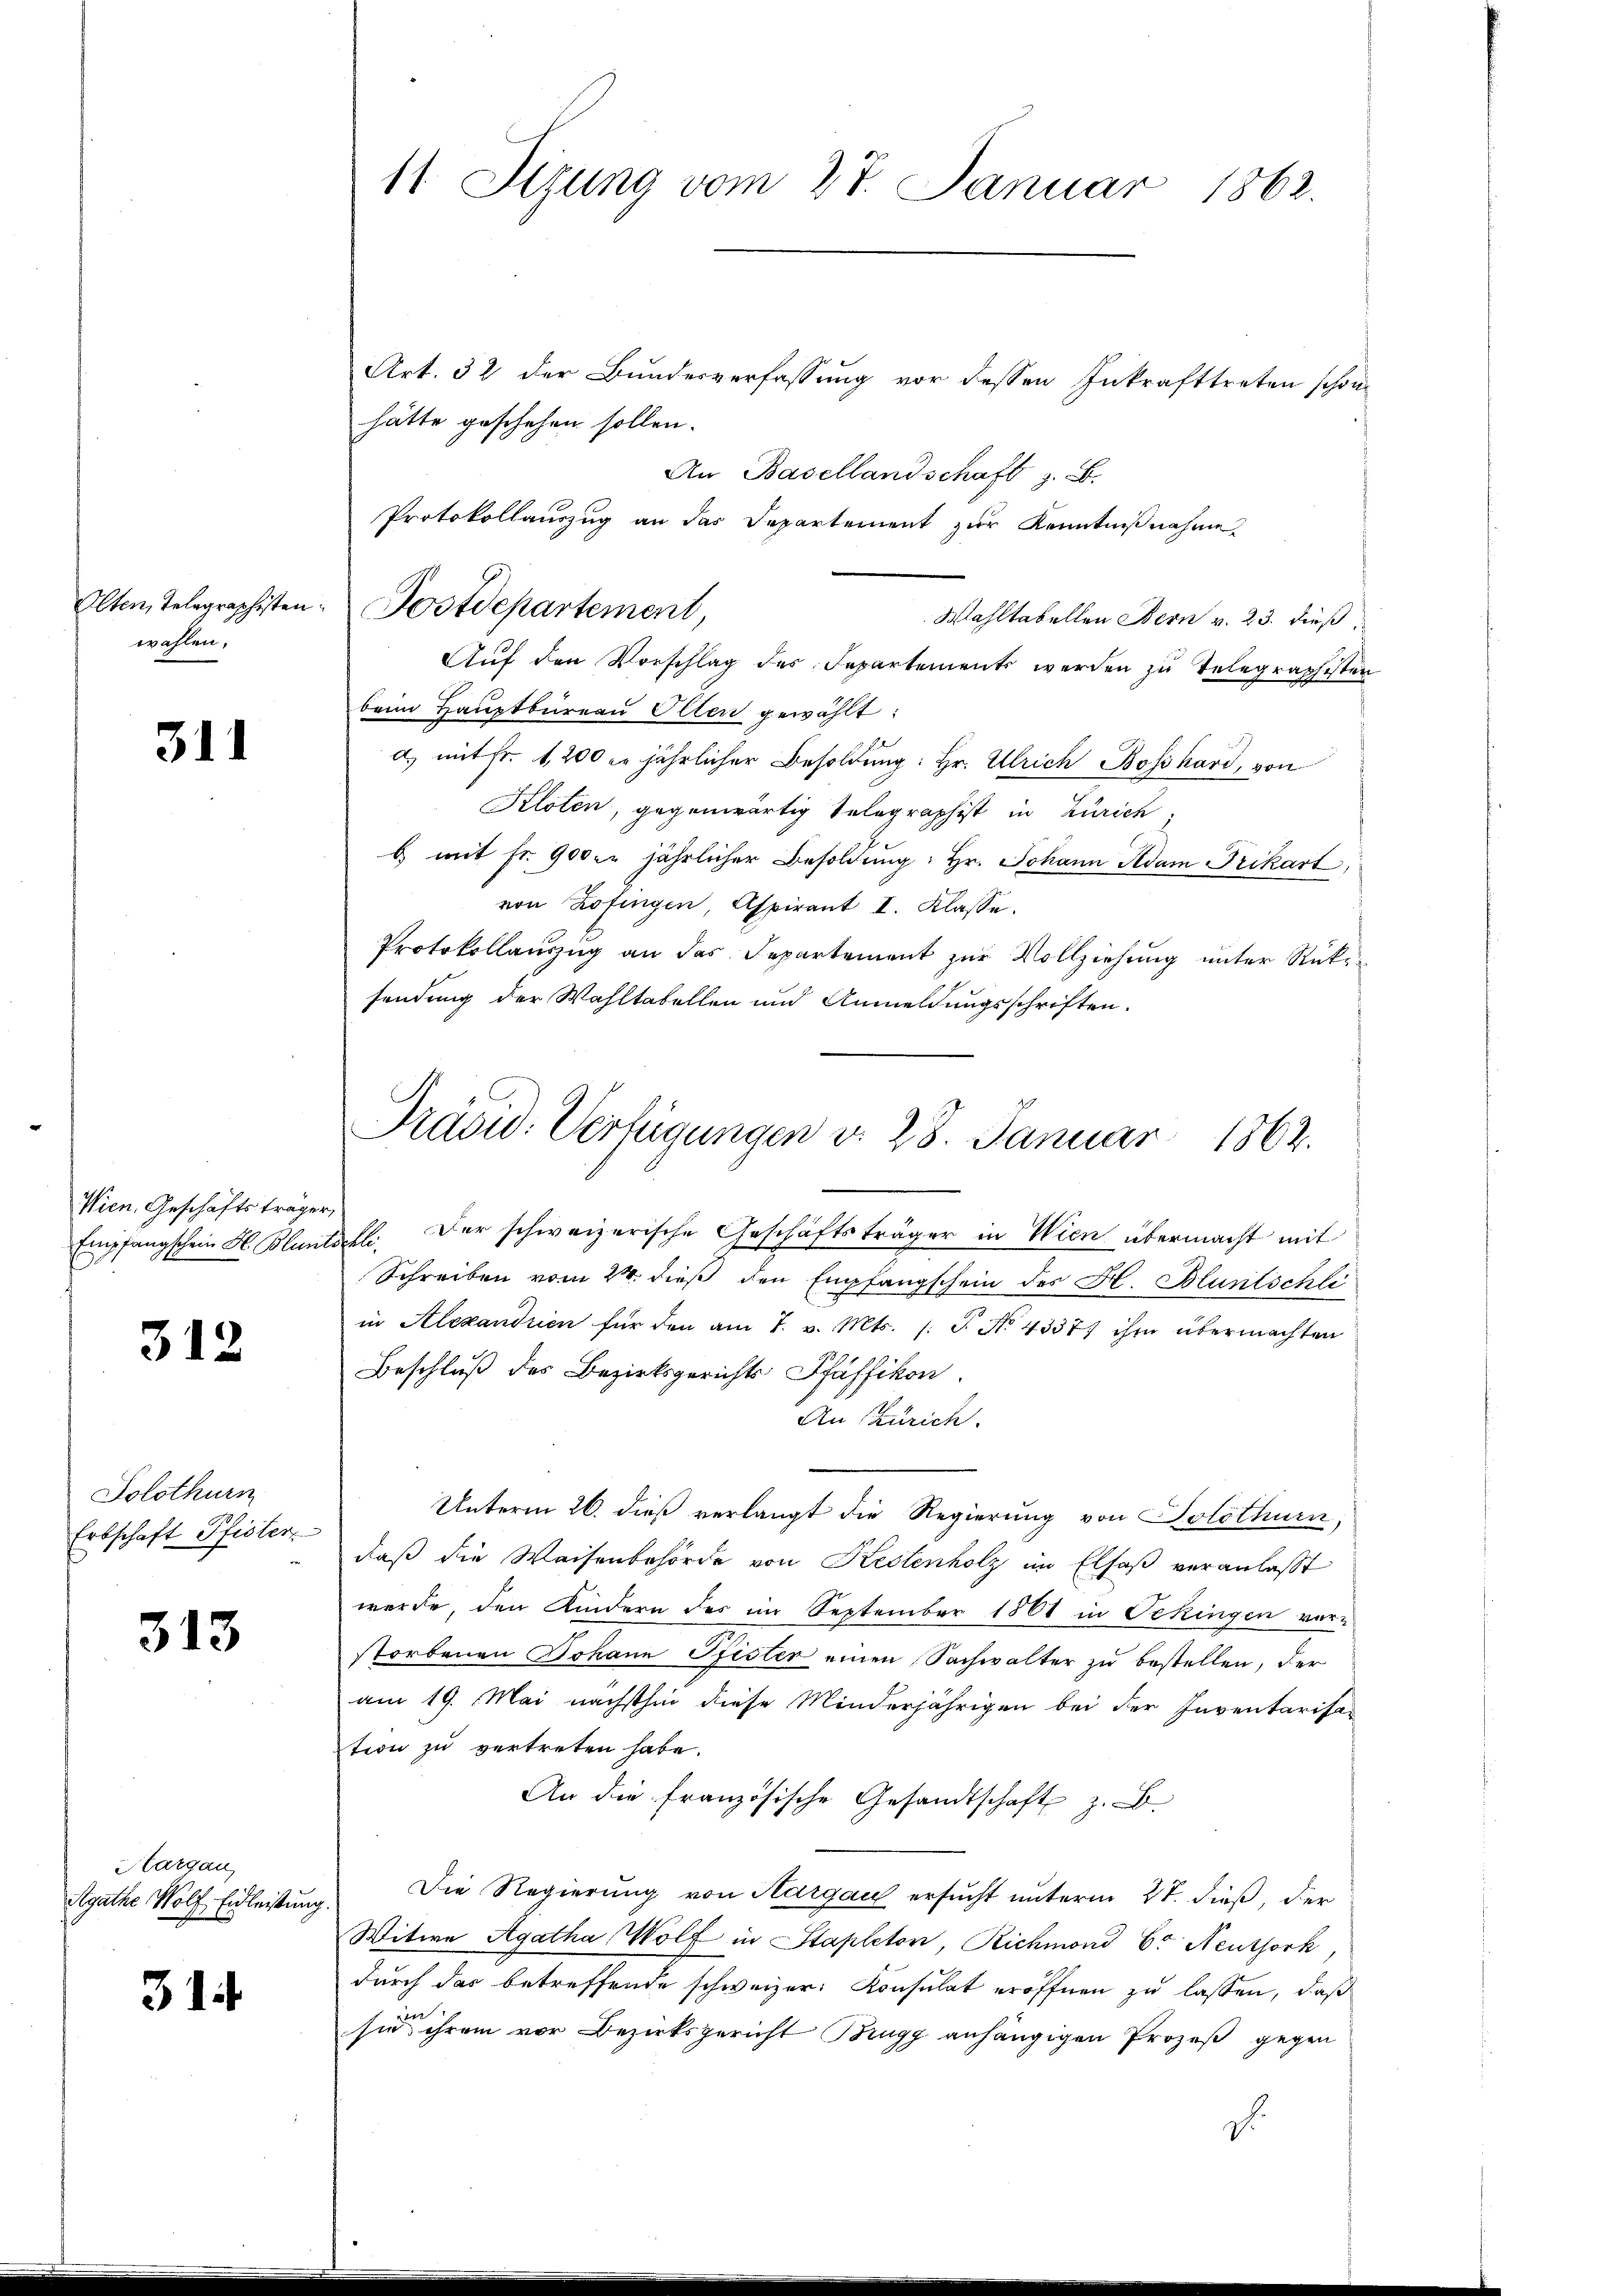
Alten, Telegraphisten.
wahlen.

311

Wien Geschäftsträger,
Empfangschein Fl. Blunte

312

Solothurm
Erbschaft Pfister.

313

Hargau
Agathe Wolf Eidleistung

314

11 Sizung vom 27. Januar 1862.

Art. 32 der Bundesverfassung vor dessen Inkrafttreten schon
hätte geschehen sollen.
An Basellandschaft z. B.
Protokollauszug an das Departement zur Kenntnißnahme
Wahltabellen Bern v. 23. dieß
Auf den Vorschlag des Separtements werden zu Telegraphisten
beim Haŭptbüreaŭ Olten gewählt:
d) mit fr. 1200 er jährlicher Besoldung: Hr. Ulrich Boßhard, von
Kloten, gegenwärtig selographist in Zürich,
b) mit fr. 9000. jährlicher Besoldung: Hr. Johann Adam Frikart,
von Zofingen, Aspirant I. Klasse.
Protokollauszug an das Separtement zŭr Vollziehŭng ŭnter Rüksendung der Wahltabellen und Anmeldungsschriften.
Der schweizerische Geschäftsträger in Wien übermacht mit
s
Schreiben vom 24. dieß den Empfangschein des H. Bluntschli
in Alexandrien für den am 7. v. Mts. (T. No 43377 ihm übermachten
Beschluß des Bezirksgerichts Pfäffikon.
An Zürich.
Unterm 26. dieß verlangt die Regierung von Solothurn,
daß die Waisenbehörde von Kestenholz im Elsaß veranlasst
werde, den Kindern des im September 1861 in Oekingen vor-
storbenen Johann Pfister einen Sachwalter zu bestellen, der
am 19. Mai nächsthin diese Minderjährigen bei der Inventariser
tion zu vertreten habe.
An die französische Gesandtschaft z. B.
Die Regierung von Aargau ersucht unterm 27. dieß, der
Witwe Agatha Wolf in Stapleton, Richmond C. Neuthork,
durch das betreffende schweizer Konsulat eröffnen zu lassen, daß
sie ihrem vor Bezirksgericht Brugg anhängigen Prozeß gegen
d

Postdepartement,

Präsid. Verfügungen d. 28. Januar 1862.